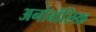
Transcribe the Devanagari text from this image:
अनोबॉलिक